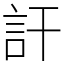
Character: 訐